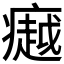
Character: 𪽸